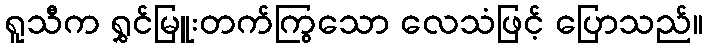
ရူသီက ရွှင်မြူးတက်ကြွသော လေသံဖြင့် ပြောသည်။